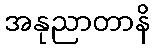
အနုညာတာနိ